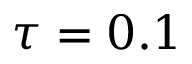
\tau = 0 . 1